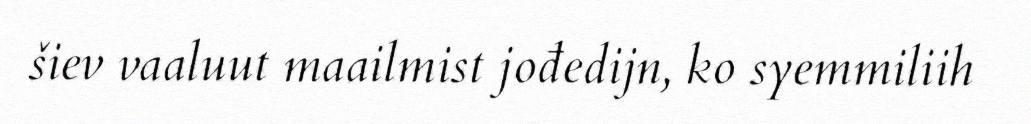
šiev vaaluut maailmist jođedijn, ko syemmiliih